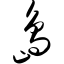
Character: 岛